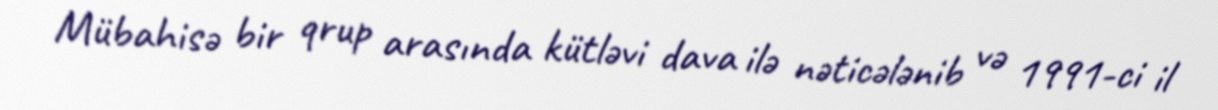
Mübahisə bir qrup arasında kütləvi dava ilə nəticələnib və 1991-ci il